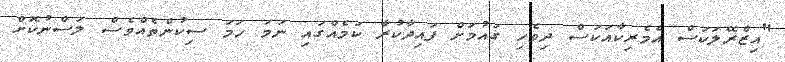
"އިޒްރޭލަކަސް އެމެރިކާއަކަސް ދިވެހި ގައުމަށް ފައިދާކުރާ ކަމެއްގައި ނަމަ ހަމަ ސިކުންތެއްވެސް ލަސްނުކޮށް